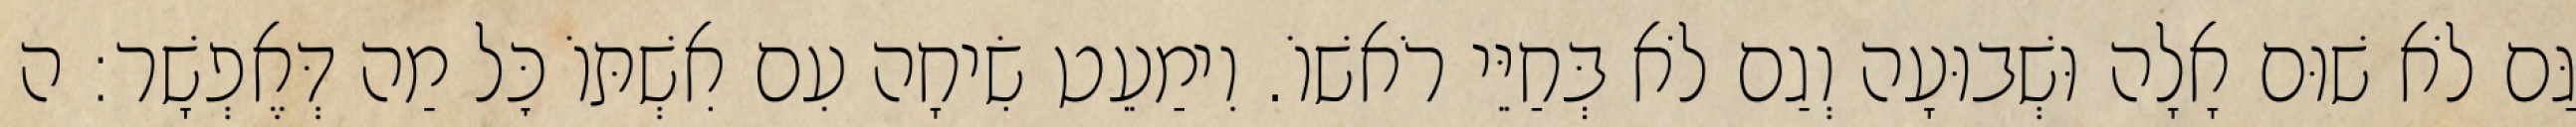
גַּם לֹא שׁוּם אָלָה וּשְׁבוּעָה וְגַם לֹא בְּחַיֵּי רֹאשׁוֹ. וִימַעֵט שִׂיחָה עִם אִשְׁתּוֹ כׇּל מַה דְּאֶפְשָׁר: ה